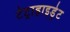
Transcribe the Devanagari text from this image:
टेट्राहाइड्रेट